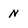
Character: N